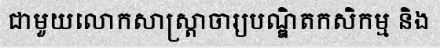
ជាមួយលោកសាស្ត្រាចារ្យបណ្ឌិតកសិកម្ម និង